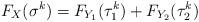
LaTeX: \begin{align*}F_X(\sigma^k) = F_{Y_1}(\tau_1^k) + F_{Y_2}(\tau_2^k) \end{align*}